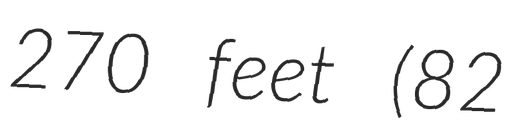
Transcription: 270 feet (82